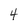
Character: 4